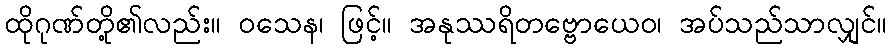
ထိုဂုဏ်တို့၏လည်း။ ဝသေန၊ ဖြင့်။ အနုဿရိတဗ္ဗောယေဝ၊ အပ်သည်သာလျှင်။